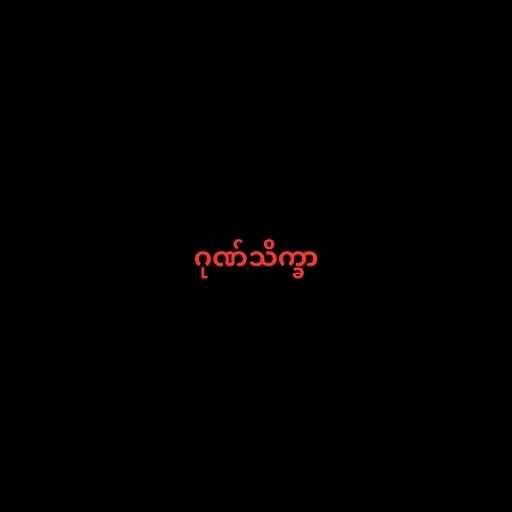
ဂုဏ်သိက္ခာ